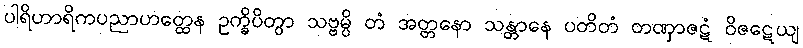
ပါရိဟာရိကပညာဟတ္ထေန ဥက္ခိပိတွာ သဗ္ဗမ္ပိ တံ အတ္တနော သန္တာနေ ပတိတံ တဏှာဇဋံ ဝိဇဋေယျ